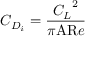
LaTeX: \ C _ { D _ { i } } = { \frac { { C _ { L } } ^ { 2 } } { \pi { \mathrm { A R } } e } }